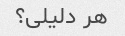
هر دلیلی؟